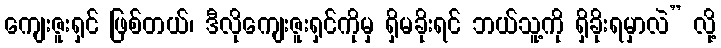
ကျေးဇူးရှင် ဖြစ်တယ်၊ ဒီလိုကျေးဇူးရှင်ကိုမှ ရှိမခိုးရင် ဘယ်သူ့ကို ရှိခိုးရမှာလဲ” လို့